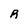
Character: A